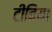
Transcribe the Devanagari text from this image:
टीबिया